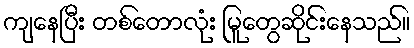
ကျနေပြီး တစ်တောလုံး မြူတွေဆိုင်းနေသည်။